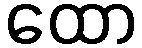
ထော